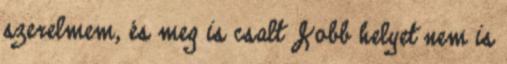
szerelmem, és meg is csalt Jobb helyet nem is